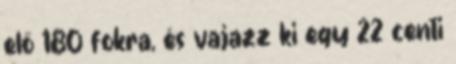
elő 180 fokra, és vajazz ki egy 22 centi